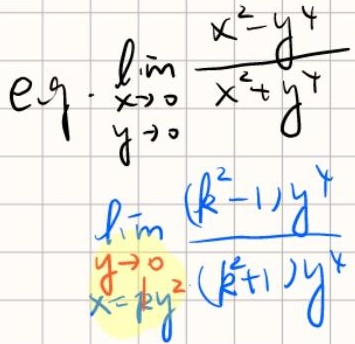
\[
\begin{align*}
\text{eq.}&\lim_{\substack{x \to 0 \\ y \to 0}}\frac{x^{2}-y^{4}}{x^{2}+y^{4}}\\
&\lim_{y \to 0}\frac{(k^{2}-1)y^{4}}{(k^{2}+1)y^{4}} \quad x = ky^{2}
\end{align*}
\]